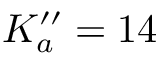
K _ { a } ^ { \prime \prime } = 1 4